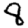
Digit: 8